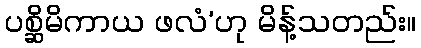
ပစ္ဆိမိကာယ ဖလံ’ဟု မိန့်သတည်း။